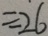
\div 2 6